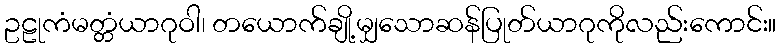
ဥဠုကံမတ္တံယာဂုဝါ၊ တယောက်ချို့မျှသောဆန်ပြုတ်ယာဂုကိုလည်းကောင်း။